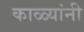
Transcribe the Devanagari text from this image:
काळ्यांनी